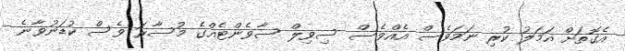
އެގޮތަށް އަމަލު ކުރި ނަމަވެސް އެއްވެސް ސިވިލް ސާވެންޓެއްގެ މުސާރަ ވެސް ކުޑަނުވާނެ